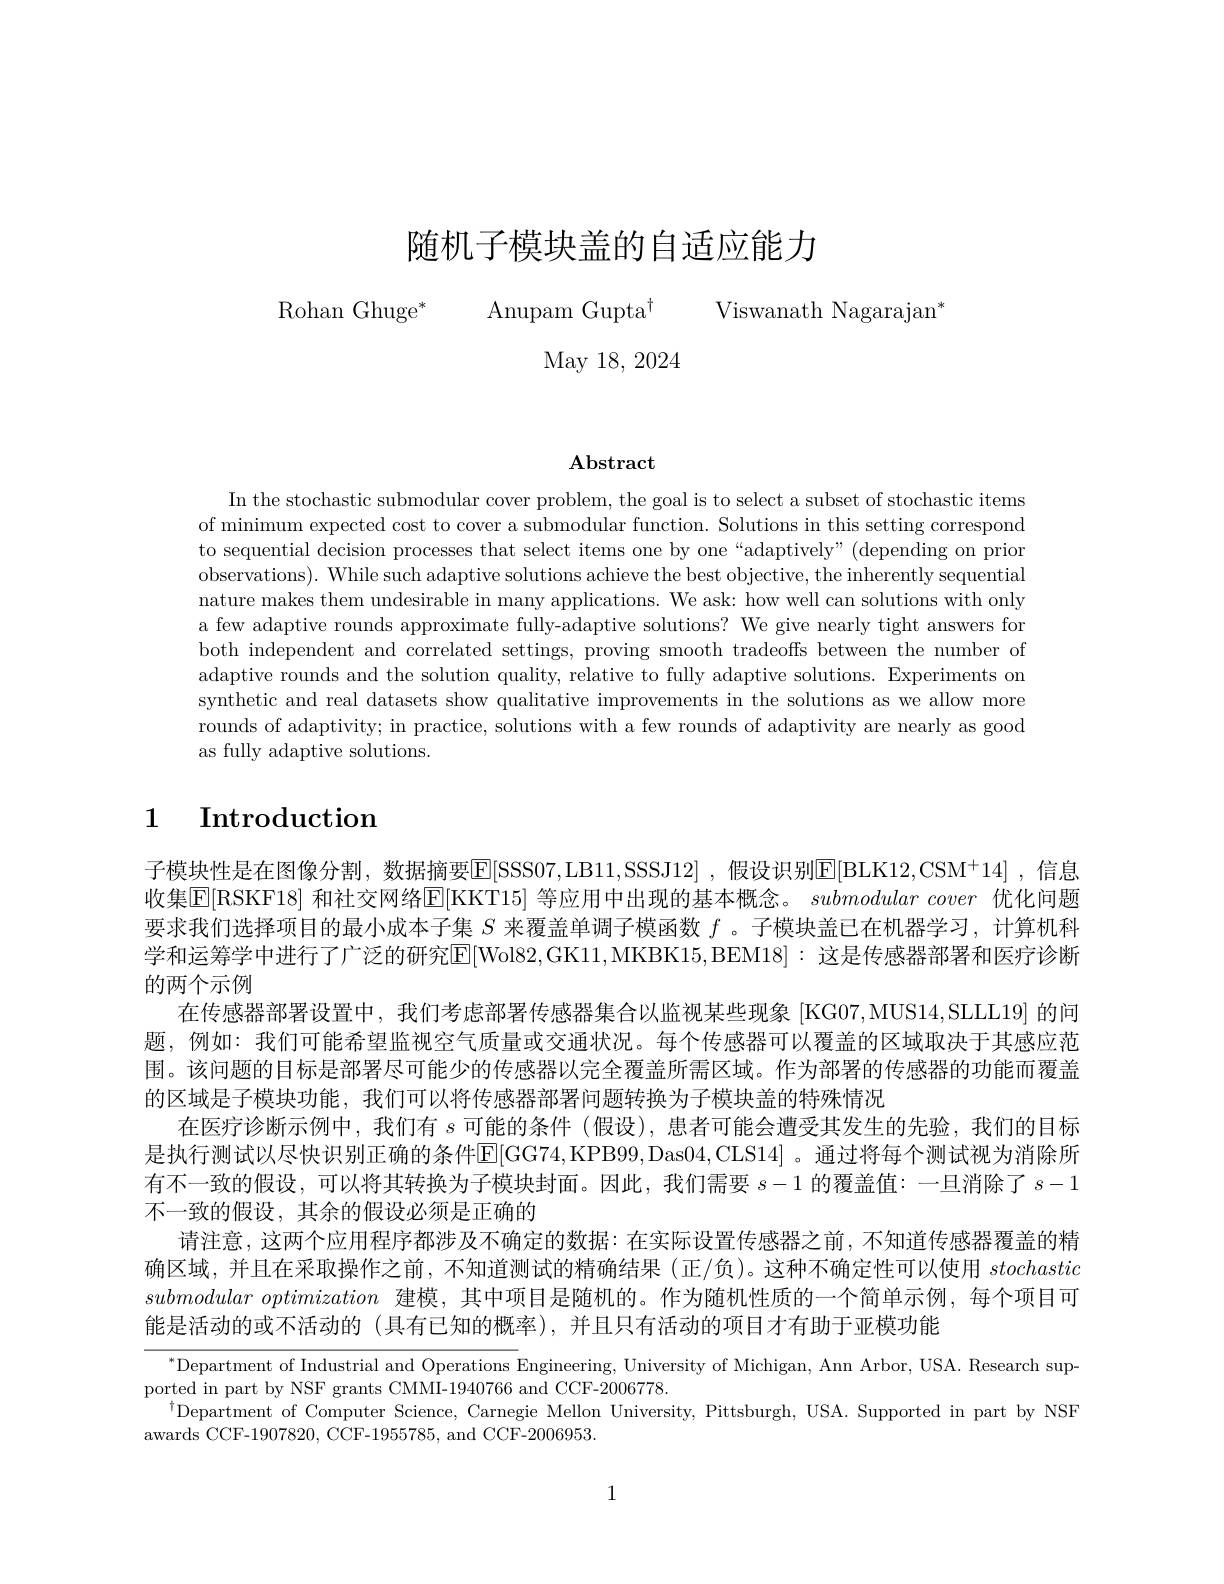
# 随机子模块盖的自适应能力

Rohan Ghuge* Anupam Gupta$^\dagger$ Viswanath Nagarajan'

May 18, 2024

$\mathbf{Abstract}$

In the stochastic submodular cover problem, the goal is to select a subset of stochastic items of minimum expected cost to cover a submodular function. Solutions in this setting correspond to sequential decision processes that select items one by one “adaptively”(depending on prior observations). While such adaptive solutions achieve the best objective, the inherently sequential nature makes them undesirable in many applications. We ask: how well can solutions with only a few adaptive rounds approximate fully-adaptive solutions? We give nearly tight answers for both independent and correlated settings, proving smooth tradeoffs between the number of adaptive rounds and the solution quality, relative to fully adaptive solutions. Experiments on synthetic and real datasets show qualitative improvements in the solutions as we allow more rounds of adaptivity; in practice, solutions with a few rounds of adaptivity are nearly as good as fully adaptive solutions.

# 1 Introduction

子模块性是在图像分割，数据摘要$\mathbb{E}[$SSS07,LB11,SSSJ12] ,假设识别$\mathbb{E}[$BLK12,CSM$^+14]$ ,信息收集$\overline{\mathrm{E}}[$RSKF18] 和社交网络$\overline[$KKT15] 等应用中出现的基本概念。submodular cover 优化问题要求我们选择项目的最小成本子集$S$来覆盖单调子模函数$f$ 。子模块盖已在机器学习，计算机科学和运筹学中进行了广泛的研究E[Wol82,GK11,MKBK15,BEM18]:这是传感器部署和医疗诊断的两个示例
在传感器部署设置中，我们考虑部署传感器集合以监视某些现象 [KG07,MUS14,SLLL19] 的问题，例如：我们可能希望监视空气质量或交通状况。每个传感器可以覆盖的区域取决于其感应范围。该问题的目标是部署尽可能少的传感器以完全覆盖所需区域。作为部署的传感器的功能而覆盖的区域是子模块功能，我们可以将传感器部署问题转换为子模块盖的特殊情况
在医疗诊断示例中，我们有$s$可能的条件(假设),患者可能会遭受其发生的先验，我们的目标是执行测试以尽快识别正确的条件E[ GG74, KPB99, Das04, CLS14] 。通过将每个测试视为消除所有不一致的假设，可以将其转换为子模块封面。因此，我们需要$s-1$的覆盖值：一旦消除了$s-1$ 不一致的假设，其余的假设必须是正确的
请注意，这两个应用程序都涉及不确定的数据：在实际设置传感器之前，不知道传感器覆盖的精确区域，并且在采取操作之前，不知道测试的精确结果(正/负)。这种不确定性可以使用stochastic submodularoptimization建模，其中项目是随机的。作为随机性质的一个简单示例，每个项目可能是活动的或不活动的 (具有已知的概率),并且只有活动的项目才有助于亚模功能
$^{*}$Department of Industrial and Operations Engineering, University of Michigan, Ann Arbor, USA. Research sup-

ported in part by NSF grants CMMI-1940766 and CCF-2006778
$^{\dagger}$Department of Computer Science, Carnegie Mellon University, Pittsburgh, USA. Supported in part by NSF
awards CCF-1907820, CCF-1955785, and CCF-2006953.

1